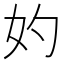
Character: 妁